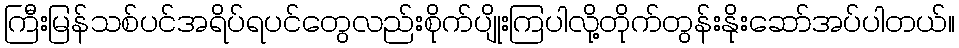
ကြီးမြန်သစ်ပင်အရိပ်ရပင်တွေလည်းစိုက်ပျိုးကြပါလို့တိုက်တွန်းနိုးဆော်အပ်ပါတယ်။